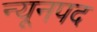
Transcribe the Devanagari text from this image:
न्यूनपद